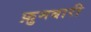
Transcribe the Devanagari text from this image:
फ़ुमबारी